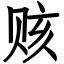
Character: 赅